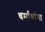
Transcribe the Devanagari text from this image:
धर्मांधांना